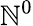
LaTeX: \mathbb{N}^{0}